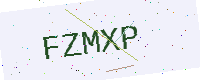
Text: FZMXP